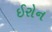
ઈરોન